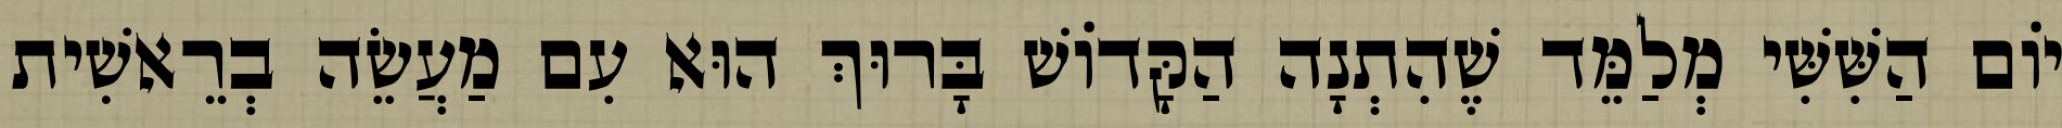
יוֹם הַשִּׁשִּׁי מְלַמֵּד שֶׁהִתְנָה הַקָּדוֹשׁ בָּרוּךְ הוּא עִם מַעֲשֵׂה בְרֵאשִׁית